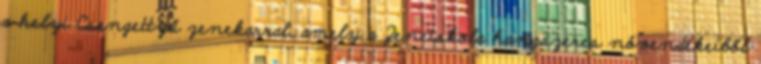
a helyi Csengettyű zenekarral, amely a Zeneiskola hangszeres növendékeiből